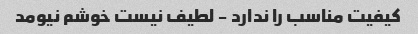
کیفیت مناسب را ندارد - لطیف نیست خوشم نیومد